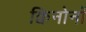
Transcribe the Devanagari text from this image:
क्विनोनों